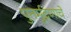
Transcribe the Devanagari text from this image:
पुनर्मुद्रणाचे